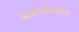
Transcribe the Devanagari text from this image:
भैरवगडावरील